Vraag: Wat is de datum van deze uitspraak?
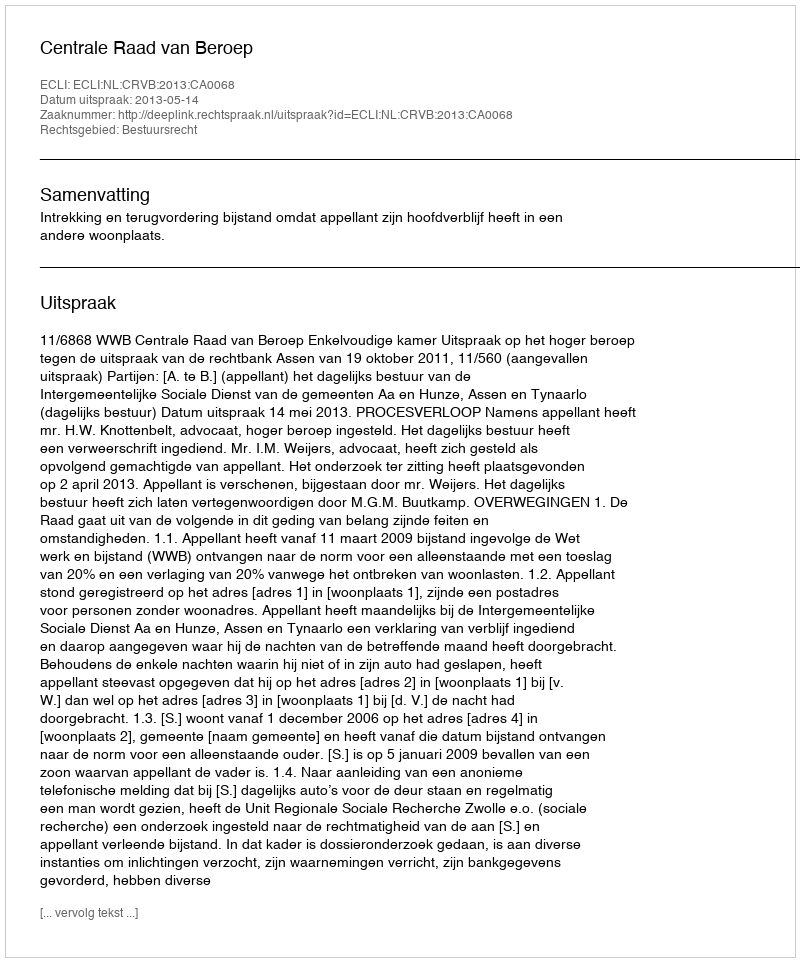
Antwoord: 2013-05-14